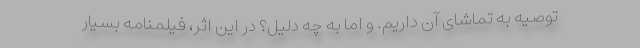
توصیه به تماشای آن داریم. و اما به چه دلیل؟ در این اثر، فیلمنامه بسیار